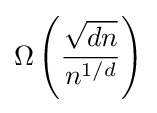
\Omega \left({\frac {\sqrt {dn}}{n^{1/d}}}\right)